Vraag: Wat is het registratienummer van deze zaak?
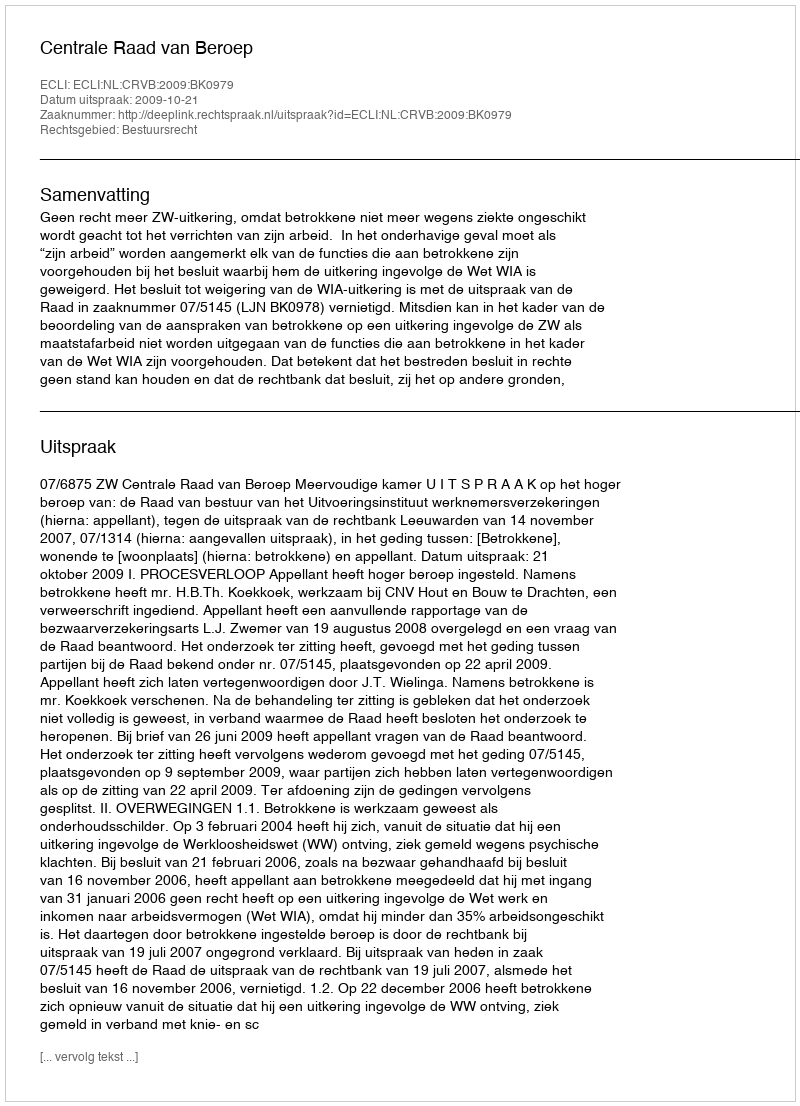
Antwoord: http://deeplink.rechtspraak.nl/uitspraak?id=ECLI:NL:CRVB:2009:BK0979